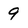
Character: 9